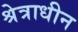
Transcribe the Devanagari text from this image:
श्रेत्राधीन